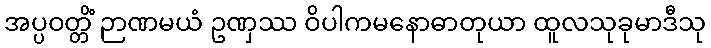
အပ္ပဝတ္တိံ ဉာဏမယံ ဥဏှဿ ဝိပါကမနောဓာတုယာ ထူလသုခုမာဒီသု